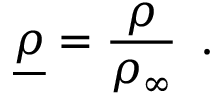
\underline { { \rho } } = \frac { \rho } { \rho _ { \infty } } \, \mathrm { ~ . ~ }